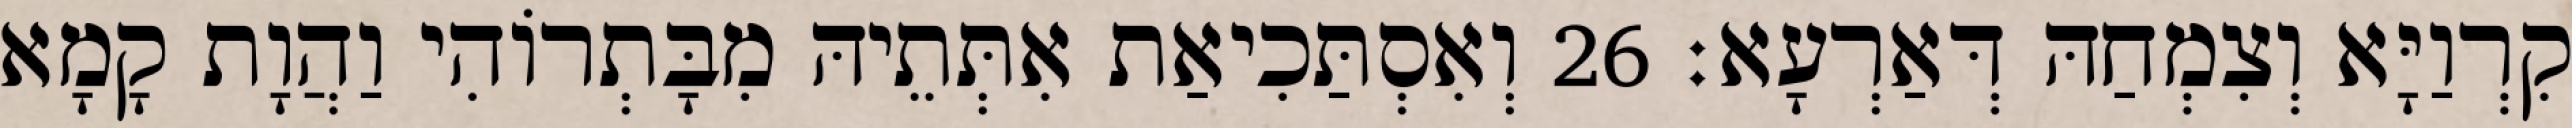
קִרְוַיָּא וְצִמְחַהּ דְּאַרְעָא׃ 26 וְאִסְתַּכִיאַת אִתְּתֵיהּ מִבָּתְרוֹהִי וַהֲוָת קָמָא